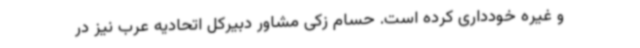
و غیره خودداری کرده است. حسام زکی مشاور دبیرکل اتحادیه عرب نیز در